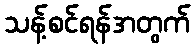
သန့်စင်ရန်အတွက်